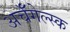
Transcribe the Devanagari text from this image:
अर्चँगेल्स्क